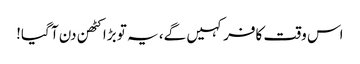
اس وقت کافر کہیں گے، یہ تو بڑا کٹھن دن آ گیا!